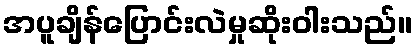
အပူချိန်ပြောင်းလဲမှုဆိုးဝါးသည်။